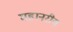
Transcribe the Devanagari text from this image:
महानरीय